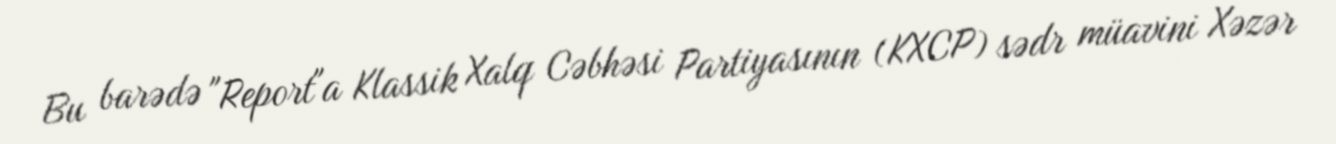
Bu barədə "Report"a Klassik Xalq Cəbhəsi Partiyasının (KXCP) sədr müavini Xəzər